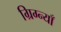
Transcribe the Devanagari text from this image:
ग्रिग्न्याँ